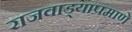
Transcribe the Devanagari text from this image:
राजवाड्याप्रमाणे